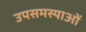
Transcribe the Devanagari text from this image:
उपसमस्याओं